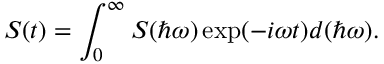
S ( t ) = \int _ { 0 } ^ { \infty } S ( \hbar \omega ) \exp ( - i \omega t ) d ( \hbar \omega ) .